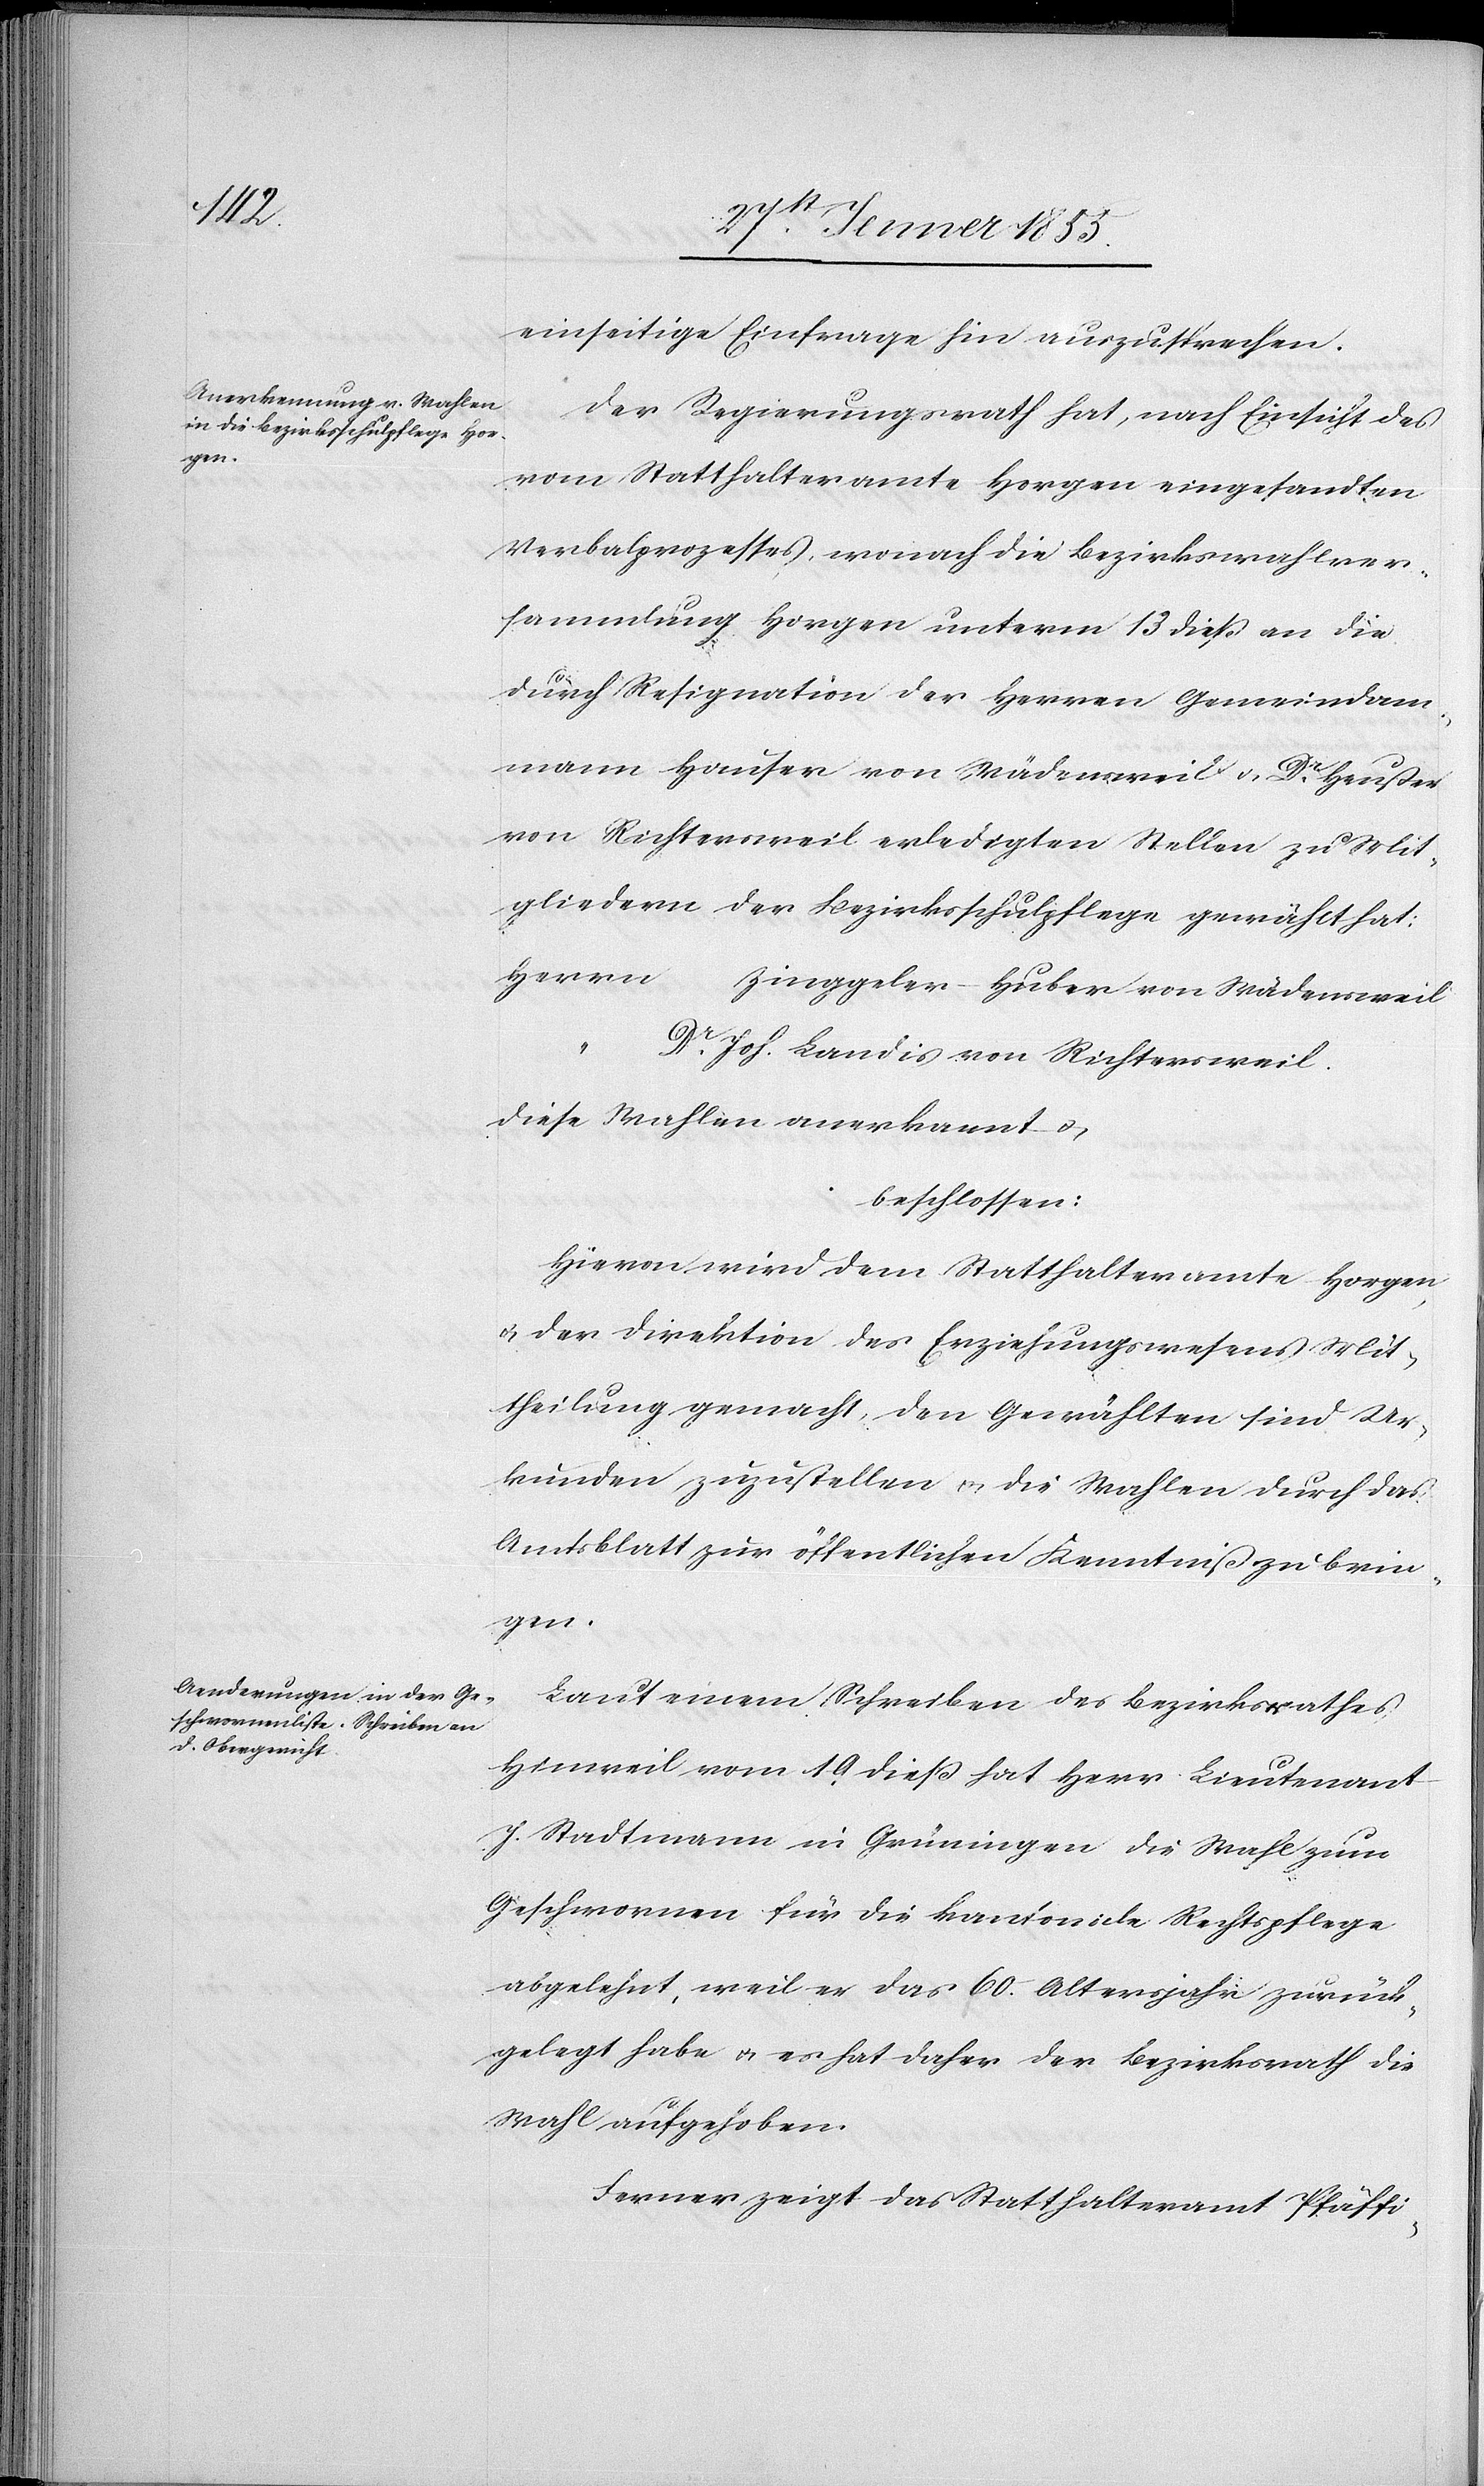
einseitige Einfrage hin auszusprechen.
Der Regierungsrath hat, nach Einsicht des
vom Statthalteramte Horgen eingesandten
Verbalprozesses, wonach die Bezirkswahlver¬
sammlung Horgen unterm 13 dieß an die
durch Resignation der Herren Gemeindam¬
mann Hauser von Wädensweil & Dr. Heußer
von Richtersweil erledigten Stellen zu Mit¬
gliedern der Bezirksschulpflege gewählt hat:
Herrn
Zinggeler-Huber von Wädensweil
Dr. Joh. Landis von Richtersweil.
diese Wahlen anerkannt &
beschlossen:
Hievon wird dem Statthalteramte Horgen
& der Direktion des Erziehungswesens Mit¬
theilung gemacht, den Gewählten sind Ur¬
kunden zuzustellen & die Wahlen durch das
Amtsblatt zur öffentlichen Kenntniß zu brin¬
gen.
Laut einem Schreiben des Bezirksrathes
Hinweil vom 19 dieß hat Herr Lieutenant
J. Stadtmann in Grüningen die Wahl zum
Geschwornen für die kantonale Rechtspflege
abgelehnt, weil er das 60. Altersjahr zurück¬
gelegt habe & es hat daher der Bezirksrath die
Wahl aufgehoben.
Ferner zeigt das Statthalteramt Pfäffi-